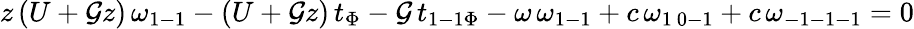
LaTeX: z\, (U+\mathcal{G}z)\, \omega_{1-1}-(U+\mathcal{G}z)\, t_{\Phi}-\mathcal{G}\, t_{1-1\Phi}-\omega\, \omega_{1-1}+c\, \omega_{1\ 0-1}+c\, \omega_{-1-1-1}=0